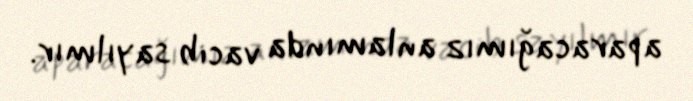
aparacağımız anlamında vacib sayılmır.